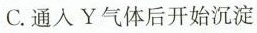
C.通入Y气体后开始沉淀